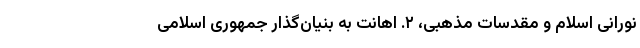
نورانی اسلام و مقدسات مذهبی، ۲. اهانت به بنیان‌گذار جمهوری اسلامی